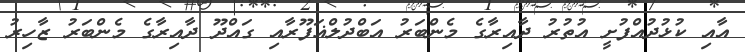
އާއި ކުޅުދުއްފުށީ އުތުރު ދާއިރާގެ މެންބަރު އަބްދުލްޣަފޫރާއި ގައްދޫ ދާއިރާގެ މެންބަރު ޒާހިރު